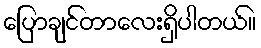
ပြောချင်တာလေးရှိပါတယ်။